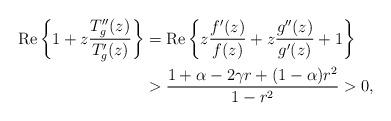
LaTeX: \begin{align*} {\rm Re}\left\{1+z\frac{T_g''(z)}{T_g'(z)}\right\} &={\rm Re}\left\{z\frac{f'(z)}{f(z)}+z\frac{g''(z)}{g'(z)}+1\right\}\\ &>\frac{1+\alpha-2\gamma r+(1-\alpha)r^2}{1-r^2}>0, \end{align*}